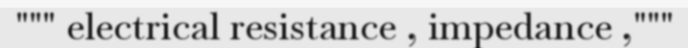
""" electrical resistance , impedance ,"""